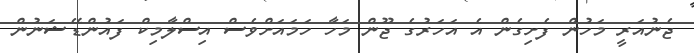
ޖެނުއަރީ މަހުން ފެށިގެން އެ އަހަރުގެ ޖޫން މަހާ ހަމައަށްވެސް އިސްލާމިކް ފައުންޑޭޝަނުން